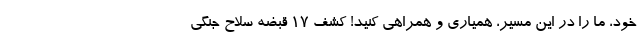
خود، ما را در این مسیر، همیاری و همراهی کنید! کشف 17 قبضه سلاح‌ جنگی